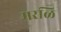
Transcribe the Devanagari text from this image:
मरळि